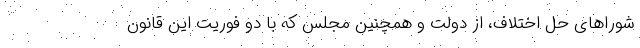
شوراهای حل اختلاف، از دولت و همچنین مجلس که با دو فوریت این قانون